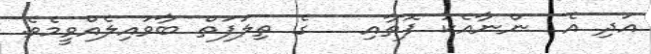
އަދި އެ  ންނާއެކު ފޮތާއި   ގެ ތިލަފަތް ބާވައިލެއްވީމެވެ.